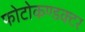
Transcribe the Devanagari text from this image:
फोटोकण्डक्टर